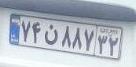
۷۴ن۸۸۷۳۲